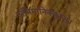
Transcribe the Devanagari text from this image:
अभिमानिक्कुन्नु।